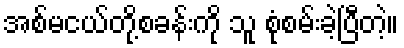
အစ်မငယ်တို့စခန်းကို သူ စုံစမ်းခဲ့ပြီတဲ့။